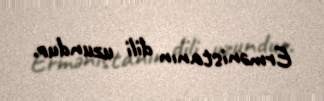
Ermənistanın dili uzundur.